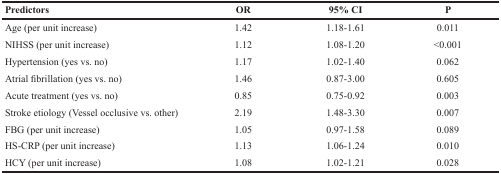
<table><thead><tr><td><b>Predictors</b></td><td><b>OR</b></td><td><b>95% CI</b></td><td><b>P</b></td></tr></thead><tbody><tr><td>Age (per unit increase)</td><td>1.42</td><td>1.18-1.61</td><td>0.011</td></tr><tr><td>NIHSS (per unit increase)</td><td>1.12</td><td>1.08-1.20</td><td>&lt;0.001</td></tr><tr><td>Hypertension (yes vs. no)</td><td>1.17</td><td>1.02-1.40</td><td>0.062</td></tr><tr><td>Atrial fibrillation (yes vs. no)</td><td>1.46</td><td>0.87-3.00</td><td>0.605</td></tr><tr><td>Acute treatment (yes vs. no)</td><td>0.85</td><td>0.75-0.92</td><td>0.003</td></tr><tr><td>Stroke etiology (Vessel occlusive vs. other)</td><td>2.19</td><td>1.48-3.30</td><td>0.007</td></tr><tr><td>FBG (per unit increase)</td><td>1.05</td><td>0.97-1.58</td><td>0.089</td></tr><tr><td>HS-CRP (per unit increase)</td><td>1.13</td><td>1.06-1.24</td><td>0.010</td></tr><tr><td>HCY (per unit increase)</td><td>1.08</td><td>1.02-1.21</td><td>0.028</td></tr></tbody></table>